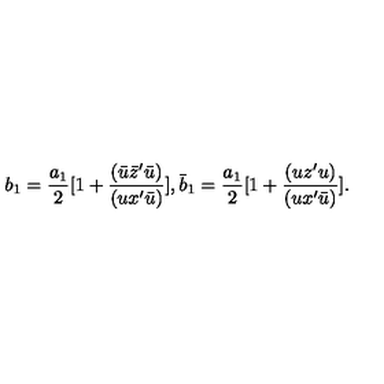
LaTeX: b _ { 1 } = { \frac { a _ { 1 } } { 2 } } [ 1 + { \frac { ( { \bar { u } } { \bar { z } } ^ { \prime } { \bar { u } } ) } { ( u x ^ { \prime } { \bar { u } } ) } } ] , { \bar { b } _ { 1 } } = { \frac { a _ { 1 } } { 2 } } [ 1 + { \frac { ( u { z } ^ { \prime } u ) } { ( u x ^ { \prime } \bar { u } ) } } ] .